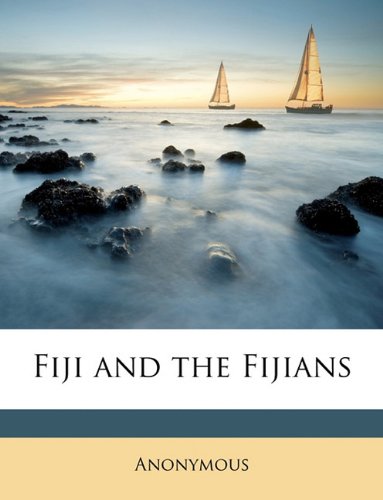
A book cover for Fiji and the Fijians; Anonymous; History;